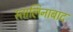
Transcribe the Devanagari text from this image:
स्तालिनाबाद